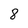
Character: 8